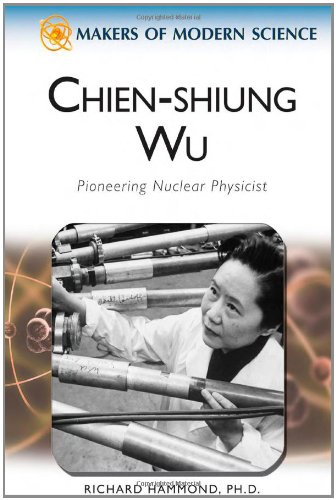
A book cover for Chien-Shiung Wu: Pioneering Nuclear Physicist (Makers of Modern Science); Richard Hammond; Teen & Young Adult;